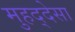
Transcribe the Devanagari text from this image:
मुहद्देसा